Report of the Indian Hemp Drugs Commission, 1894-1895 - Volume III
Year: 1894
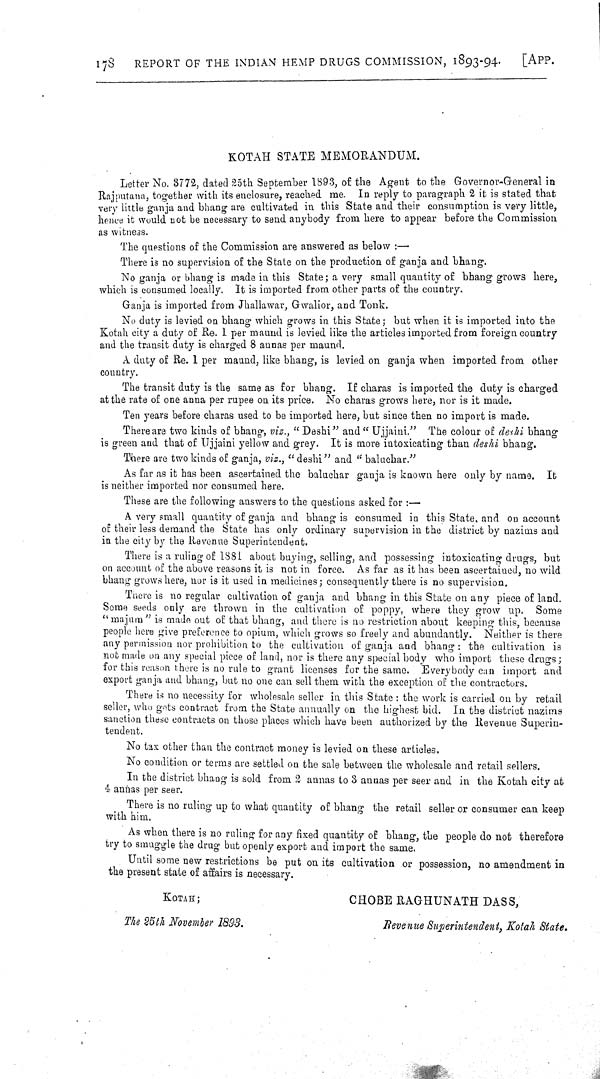
178
REPORT OF THE INDIAN HEMP DRUGS COMMISSION, 1893-94.
[APP.
KOTAH STATE MEMORANDUM.
Letter No. 3772, dated 25th September 1893, of the Agent to the Governor-General in
Rajputana, together with its enclosure, reached me. In reply to paragraph 2 it is stated that
very little ganja and bhang are cultivated in this State and their consumption is very little,
hence it would not be necessary to send anybody from here to appear before the Commission
as witness.
The questions of the Commission are answered as below:—
There is no supervision of the State on the production of ganja and bhang.
No ganja or bhang is made in this State; a very small quantity of bhang grows here,
which is consumed locally. It is imported from other parts of the country.
Ganja is imported from Jhallawar, Gwalior, and Tonk.
No duty is levied on bhang which grows in this State; but when it is imported into the
Kotah city a duty of Re. 1 per maund is levied like the articles imported from foreign country
and the transit duty is charged 8 annas per maund.
A duty of Re. 1 per maund, like bhang, is levied on ganja when imported from other
country.
The transit duty is the same as for bhang. If charas is imported the duty is charged
at the rate of one anna per rupee on its price. No charas grows here, nor is it made.
Ten years before charas used to be imported here, but since then no import is made.
There are two kinds of bhang, viz., "Deshi" and "Ujjaini." The colour of deshi bhang
is green and that of Ujjaini yellow and grey. It is more intoxicating than deshi bhang.
There are two kinds of ganja, viz., "deshi" and "baluchar."
As far as it has been ascertained the baluchar ganja is known here only by name. It
is neither imported nor consumed here.
These are the following answers to the questions asked for:—
A very small quantity of ganja and bhang is consumed in this State, and on account
of their less demand the State has only ordinary supervision in the district by nazims and
in the city by the Revenue Superintendent.
There is a ruling of 1881 about buying, selling, and possessing intoxicating drugs, but
on account of the above reasons it is not in force. As far as it has been ascertained, no wild
bhang grows here, nor is it used in medicines; consequently there is no supervision.
There is no regular cultivation of ganja and bhang in this State on any piece of land.
Some seeds only are thrown in the cultivation of poppy, where they grow up. Some
"majum" is made out of that bhang, and there is no restriction about keeping this, because
people here give preference to opium, which grows so freely and abundantly. Neither is there
any permission nor prohibition to the cultivation of ganja and bhang: the cultivation is
not made on any special piece of land, nor is there any special body who import these drugs;
for this reason there is no rule to grant licenses for the same. Everybody can import and
export ganja and bhang, but no one can sell them with the exception of the contractors.
There is no necessity for wholesale seller in this State: the work is carried on by retail
seller, who gets contract from the State annually on the highest bid. In the district nazims
sanction these contracts on those places which have been authorized by the Revenue Superin-
tendent.
No tax other than the contract money is levied on these articles,
No condition or terms are settled on the sale between the wholesale and retail sellers.
In the district bhang is sold from 2 annas to 3 annas per seer and in the Kotah city at
4 annas per seer.
There is no ruling up to what quantity of bhang the retail seller or consumer can keep
with him.
As when there is no ruling for any fixed quantity of bhang, the people do not therefore
try to smuggle the drug but openly export and import the same.
Until some new restrictions be put on its cultivation or possession, no amendment in
the present state of affairs is necessary.
KOTAH;
CHOBE RAGHUNATH DASS,
The 25th November 1893.
Revenue Superintendent, Kotah State.